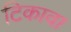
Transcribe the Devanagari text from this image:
टिकावा